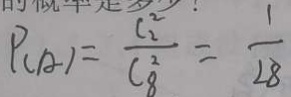
P _ { ( A ) } = \frac { C _ { 2 } ^ { 2 } } { C _ { 8 } ^ { 2 } } = \frac { 1 } { 2 8 }